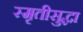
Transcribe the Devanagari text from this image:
स्मृतीसुद्धा